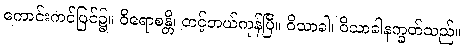
ကောင်းကင်ပြင်၌။ ဝိရောစန္တိ၊ တင့်တယ်ကုန်ပြီ။ ဝိသာခါ၊ ဝိသာခါနက္ခတ်သည်။